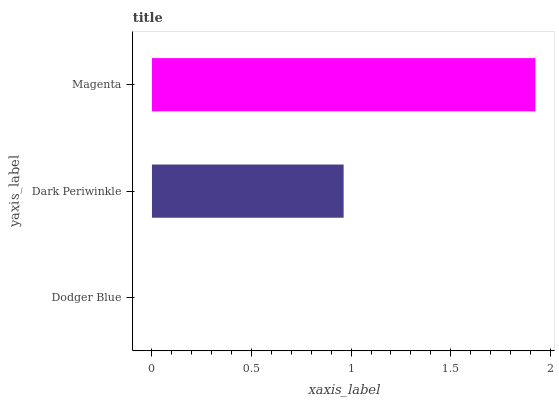
| yaxis_label | bars |
 | --- | --- |
 | Dodger Blue | 0 |
 | Dark Periwinkle | 0.962 |
 | Magenta | 1.92 |